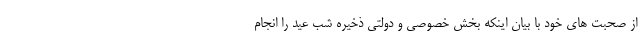
از صحبت های خود با بیان اینکه بخش خصوصی و دولتی ذخیره شب عید را انجام